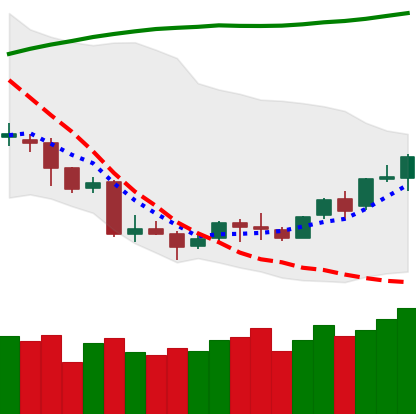
Ticker: LINK-USD
Chart end date: 2018-04-12
Forward return: 7.751%
Label: up_7plus